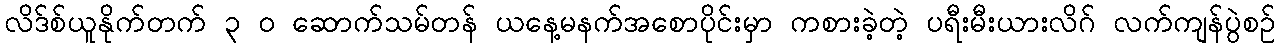
လိဒ်စ်ယူနိုက်တက် ၃ ၀ ဆောက်သမ်တန် ယနေ့မနက်အစောပိုင်းမှာ ကစားခဲ့တဲ့ ပရီးမီးယားလိဂ် လက်ကျန်ပွဲစဉ်